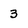
Character: 3